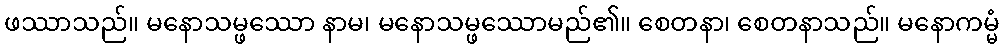
ဖဿာသည်။ မနောသမ္ဖဿော နာမ၊ မနောသမ္ဖဿောမည်၏။ စေတနာ၊ စေတနာသည်။ မနောကမ္မံ